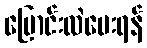
ပြောင်းလဲပေးရန်